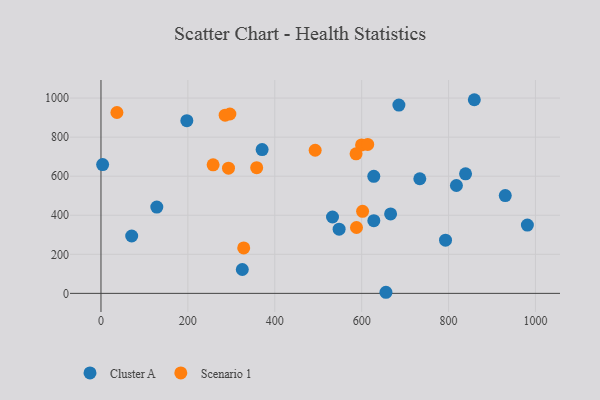
{"axis": {"x": "Investment", "y": "Yield"}, "legend": ["Cluster A", "Scenario 1"], "data": [{"x": "532.9", "y": 390.9, "type": "Cluster A"}, {"x": "859.3", "y": 991.5, "type": "Cluster A"}, {"x": "930.5", "y": 500.8, "type": "Cluster A"}, {"x": "370.9", "y": 736.4, "type": "Cluster A"}, {"x": "325.3", "y": 122.1, "type": "Cluster A"}, {"x": "685.7", "y": 964.0, "type": "Cluster A"}, {"x": "628.0", "y": 372.1, "type": "Cluster A"}, {"x": "818.1", "y": 552.4, "type": "Cluster A"}, {"x": "3.8", "y": 659.7, "type": "Cluster A"}, {"x": "733.8", "y": 587.0, "type": "Cluster A"}, {"x": "128.5", "y": 441.6, "type": "Cluster A"}, {"x": "655.9", "y": 5.6, "type": "Cluster A"}, {"x": "981.4", "y": 349.6, "type": "Cluster A"}, {"x": "197.6", "y": 884.1, "type": "Cluster A"}, {"x": "70.7", "y": 293.8, "type": "Cluster A"}, {"x": "666.6", "y": 406.8, "type": "Cluster A"}, {"x": "548.1", "y": 328.9, "type": "Cluster A"}, {"x": "627.9", "y": 599.5, "type": "Cluster A"}, {"x": "793.0", "y": 272.6, "type": "Cluster A"}, {"x": "839.1", "y": 612.3, "type": "Cluster A"}, {"x": "293.5", "y": 641.2, "type": "Scenario 1"}, {"x": "599.8", "y": 760.2, "type": "Scenario 1"}, {"x": "588.1", "y": 337.2, "type": "Scenario 1"}, {"x": "258.1", "y": 658.3, "type": "Scenario 1"}, {"x": "358.4", "y": 643.7, "type": "Scenario 1"}, {"x": "587.1", "y": 714.6, "type": "Scenario 1"}, {"x": "613.9", "y": 762.4, "type": "Scenario 1"}, {"x": "328.5", "y": 232.5, "type": "Scenario 1"}, {"x": "296.7", "y": 918.5, "type": "Scenario 1"}, {"x": "493.0", "y": 732.8, "type": "Scenario 1"}, {"x": "285.8", "y": 912.2, "type": "Scenario 1"}, {"x": "36.7", "y": 926.0, "type": "Scenario 1"}, {"x": "602.1", "y": 420.3, "type": "Scenario 1"}]}